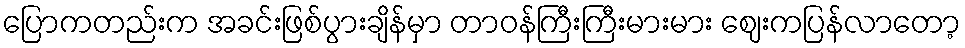
ပြောကတည်းက အခင်းဖြစ်ပွားချိန်မှာ တာဝန်ကြီးကြီးမားမား ဈေးကပြန်လာတော့